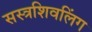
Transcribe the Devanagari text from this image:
सस्त्रशिवलिंग